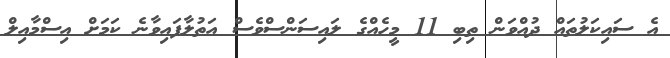
އެ ސައިކަލުތައް ދުއްވަން ތިބި 11 މީހެއްގެ ލައިސަންސްވެސް އަތުލާފައިވާނެ ކަމަށް އިސްމާއިލް